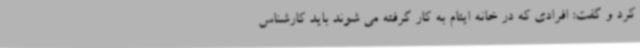
کرد و گفت: افرادی که در خانه ایتام به کار گرفته می شوند باید کارشناس